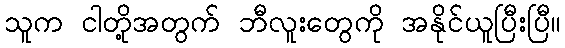
သူက ငါတို့အတွက် ဘီလူးတွေကို အနိုင်ယူပြီးပြီ။